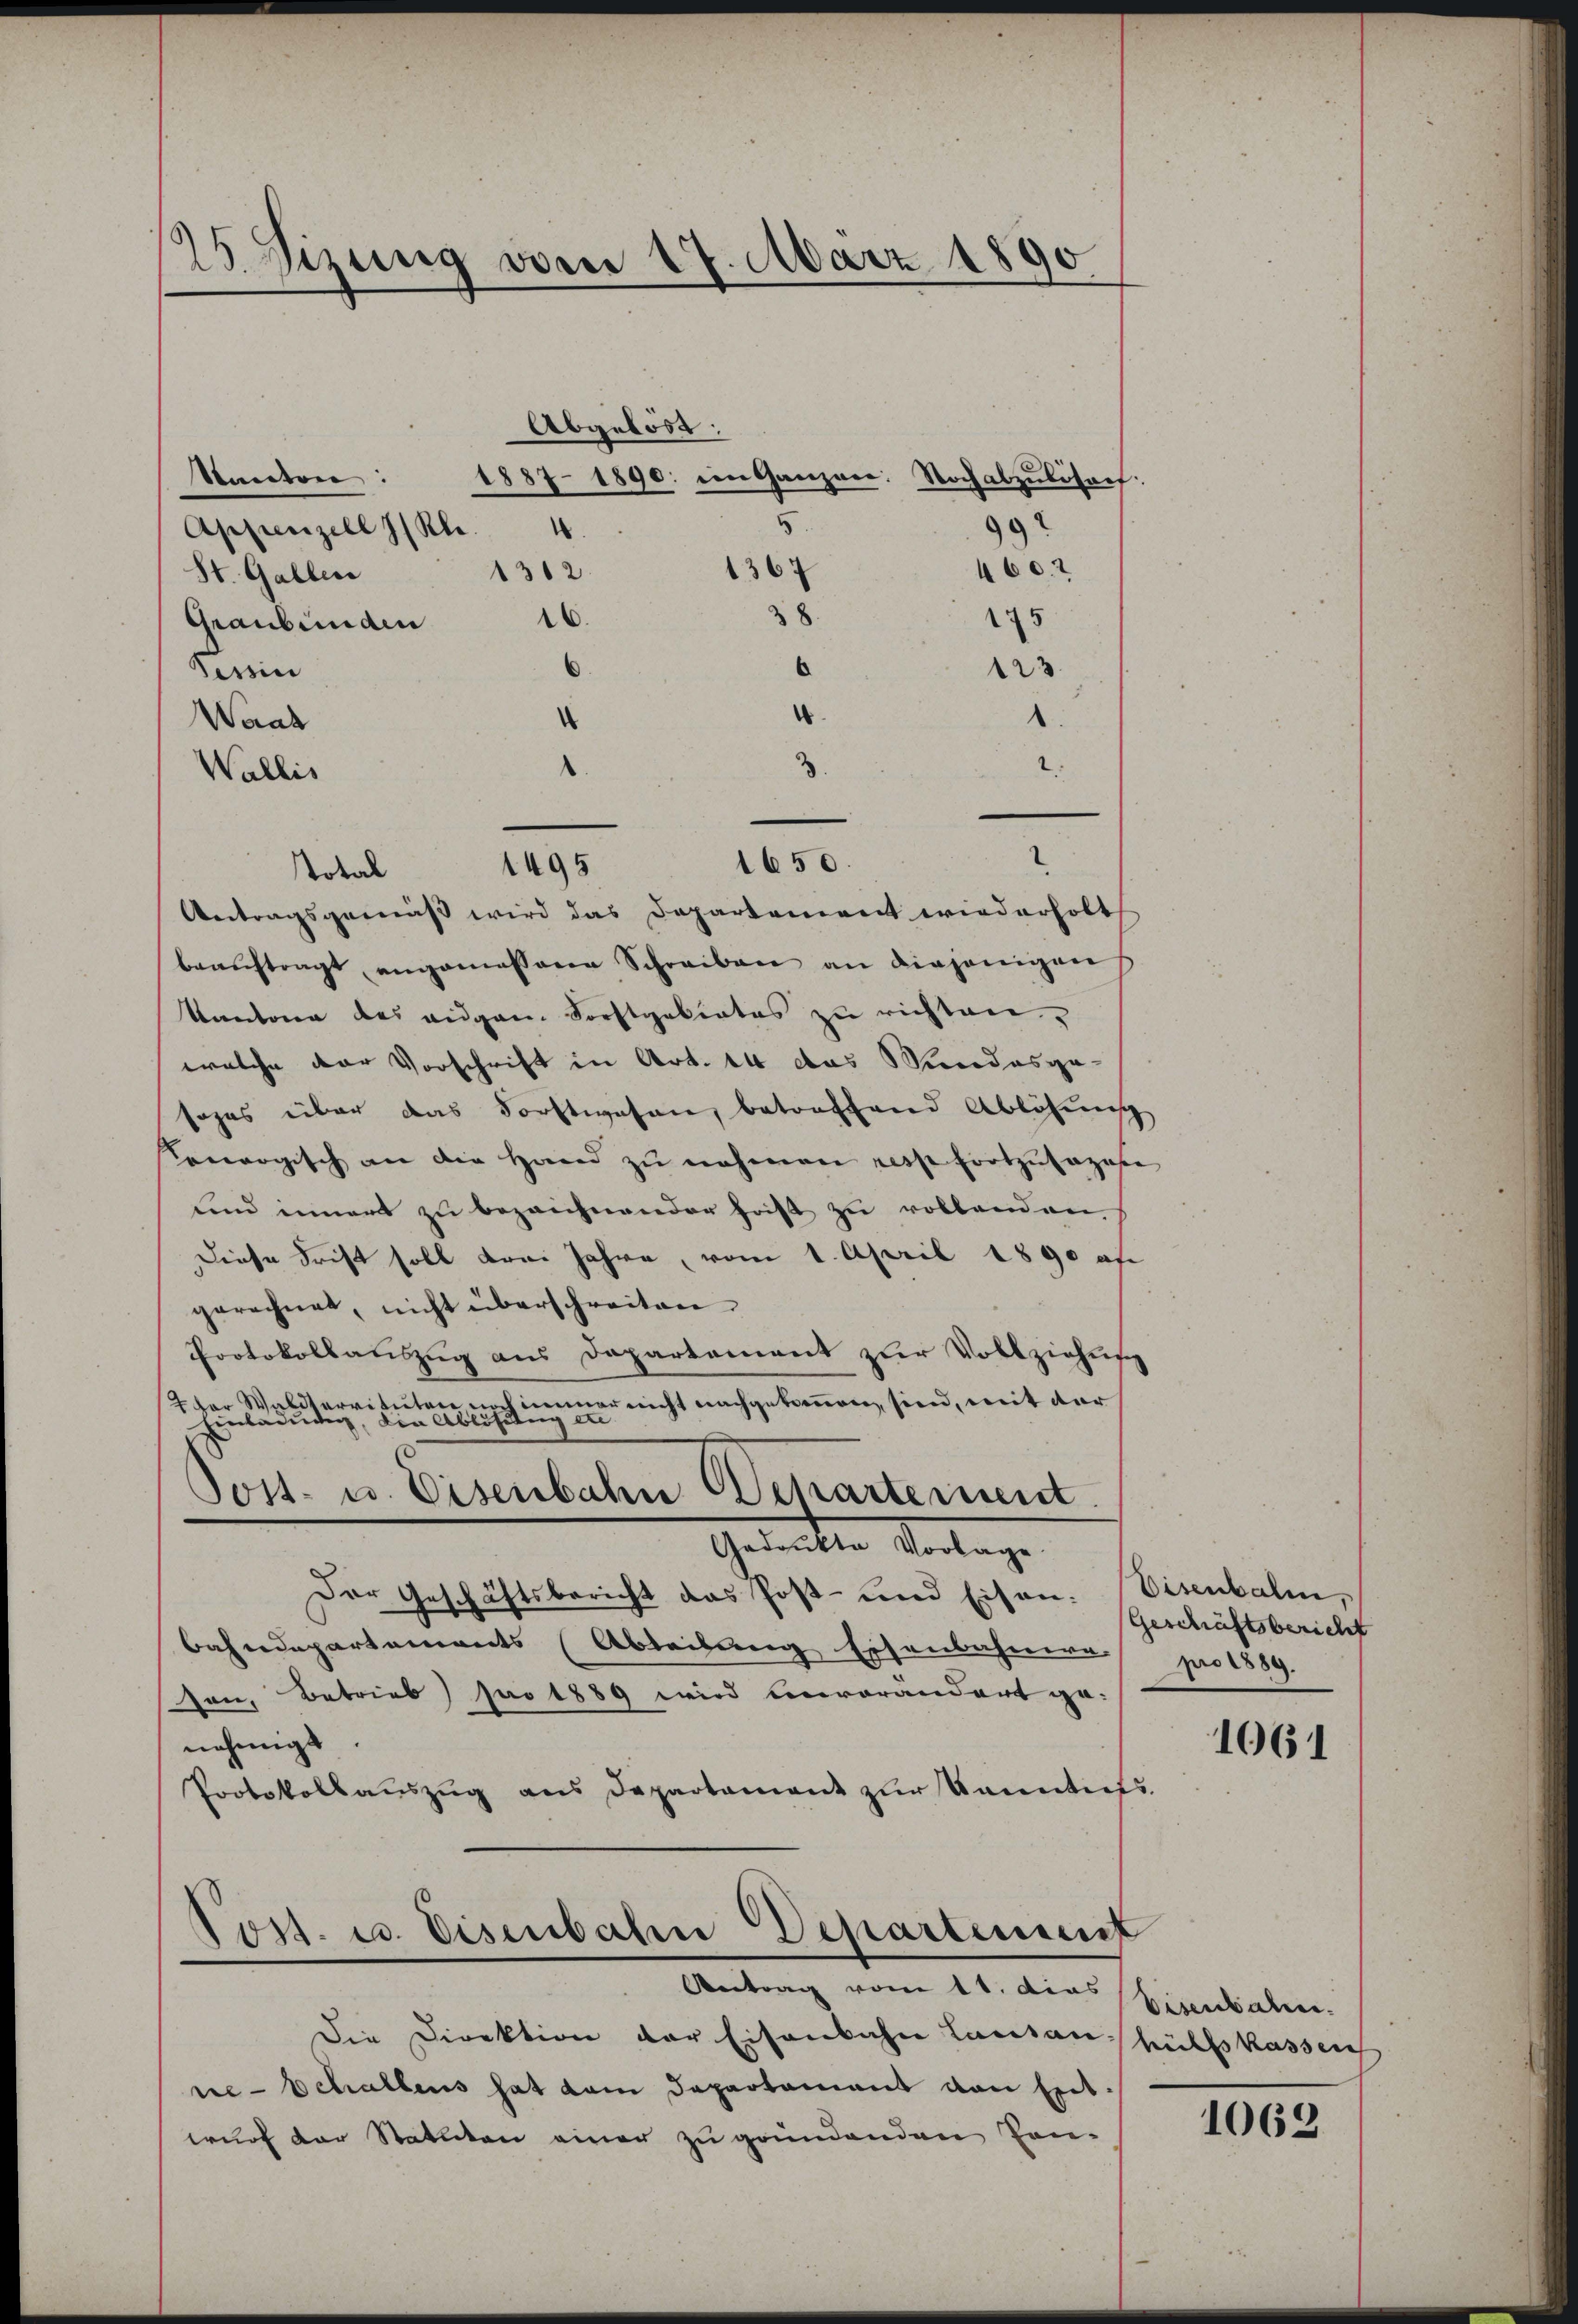
25 Sizung vom 17. März 1890

Abgelöst:
santen:
1887-1890: im Ganzen: Noch abzulösach:
Appenzell I/Rh. 4
136
1312
St. Gallen
38
16.
175
Graubünden
¬
123
Tessin
4
¬
Waad
Wallis
Antragsgemäß wird das Departement wiederholt
beaŭftragt angemessenen Schreiben an diejenigen
Kantone des eigen Forstgebietes zu richten,
welche der Vorschrift in Art. 44 das Mindesge-
sages über das Forstwesen, betreffend Ablösung
orogisch an die Hand zŭ nehmen resse fortzŭfaza
und innert zu bezeichnender Frist zu vollenden.
Diese Frist soll drei Jahre, vom 1. April 1890 af
gerechnet, nicht überschreiten
Protokollauszug aus Departement zur Vollziehun
7 der Waldtervituten noch immer nicht nachgekommen, sind, mit dar
D
mladung, die Ablöslig
z
Post- u. Eisenbahn chartement
Gedankte Vorlage
Der Geschäftsbericht das Post- und Eisenbahndepartements (Abteibung Eisenbahnen pro 1889.
son, Betrieb jar 1889 wird unvorandert genehmigt
Protokollaŭszŭg ans Departament zŭr Unmentief

Total 1495

1650.

99
460.2

Die Direktion der Eisenbahn Lausan- hülfskassens
ne-Schallens hat dem Departement von Ent-
wurf der Statuten einer zu gründenden Pan-

Nov. a. Disenbahn Departement
Antrag vom 11. das Eisenbahnen.

Eisenbale,
geschäftsbericht

3.

1061

1069